NAE_EAOK_eestikeelsed_sunnimeetrikad, lk 7
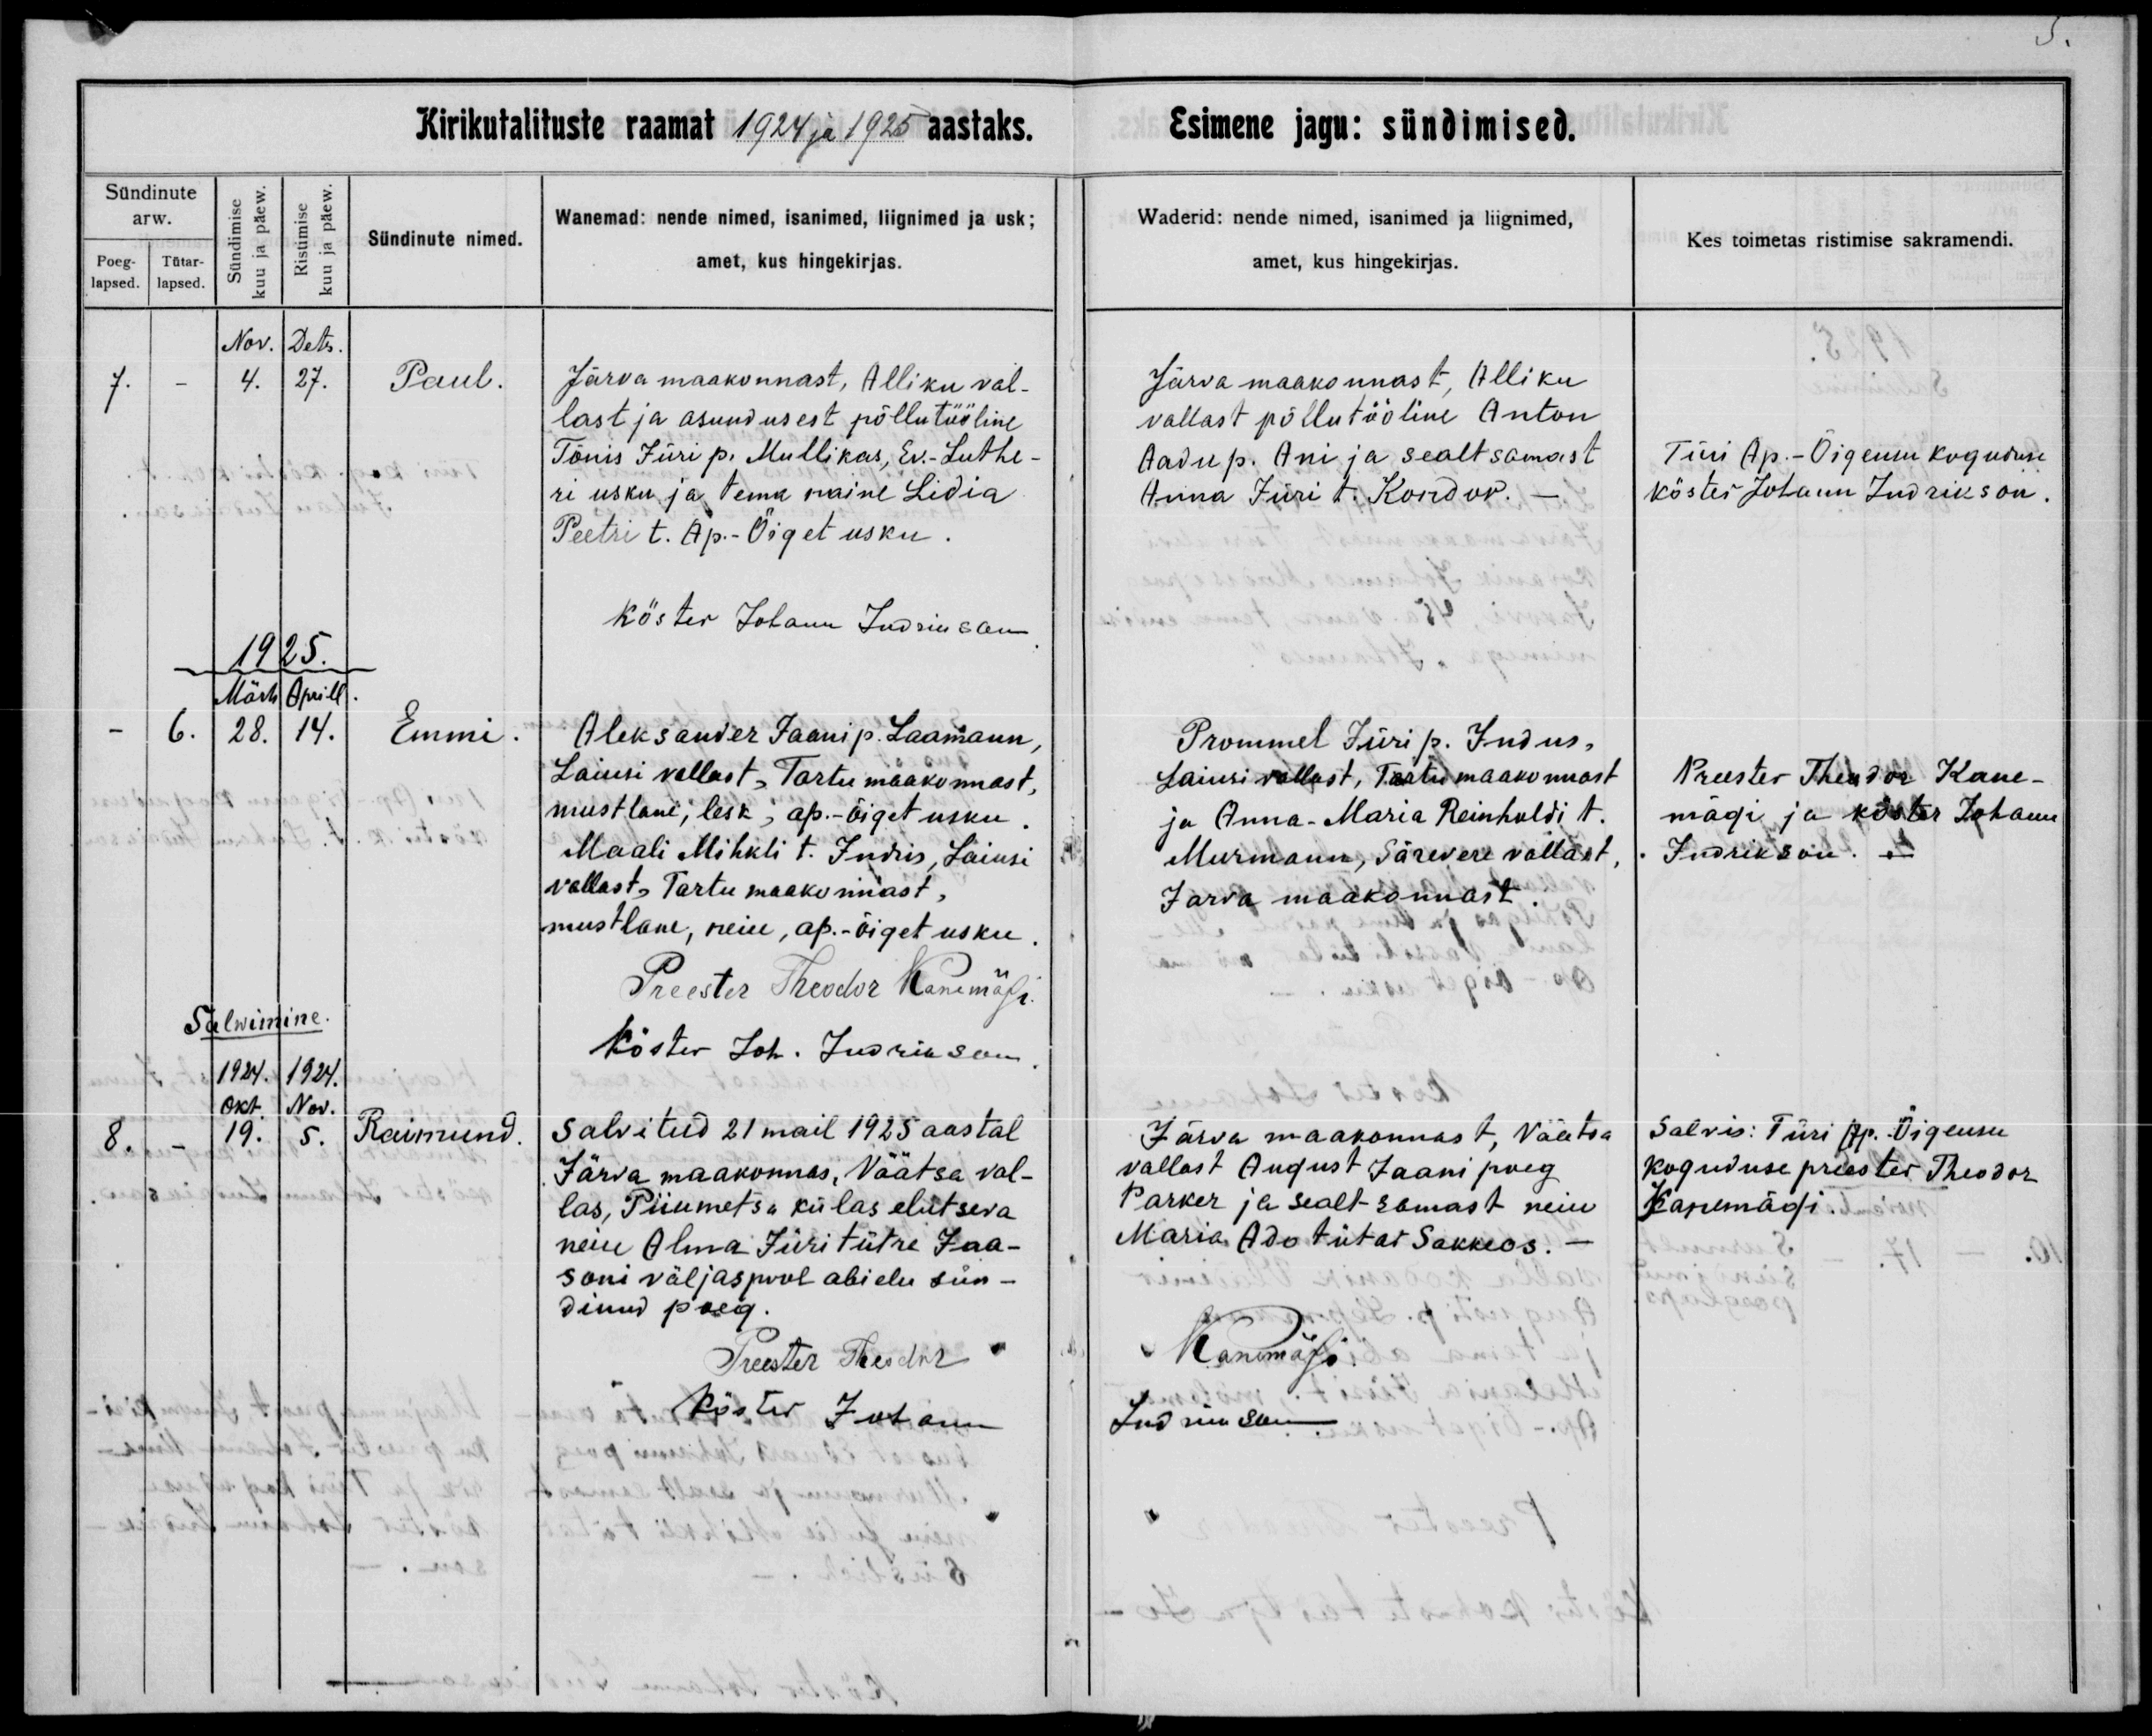
Paul

Emmi

Raimund

Järva maakonnast, Alliku val-
last ja asundusest põllutööline
Tõnis Jüri p. Mullikas, Ev.-Luthe-
ri usku ja tema naine Lidia
Peetri t. Ap.-Õiget usku.

Aleksander Jaani p. Laamann,
Laiusi vallast, Tartu maakonnast,
mustlane, lesk, ap.-õiget usku.
Maali Mihkli t. Juris, Laiusi
vallast, Tartu maakonnast,
mustlane, neiu, ap.-õiget usku.

Salvitud 21 mail 1925 aastal
Järva maakonnast, Väätsa val-
las, Piiumetsa külas elutseva
neiu Alma Jüri tütre Jaa-
soni väljaspool abielu sün-
dinud poeg.